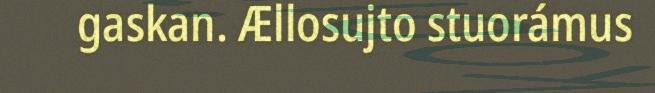
gaskan. Ællosujto stuorámus